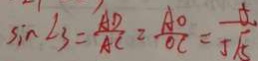
\sin \angle 3 = \frac { A D } { A C } = \frac { A O } { O C } = \frac { 5 } { 5 \sqrt { 5 } }